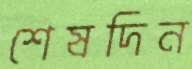
শেষদিন